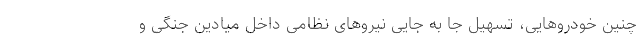
چنین خودروهایی، تسهیل جا به جایی نیروهای نظامی داخل میادین جنگی و